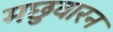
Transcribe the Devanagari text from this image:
मछुवारन